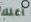
أكلك